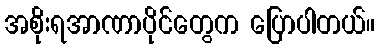
အစိုးရအာဏာပိုင်တွေက ပြောပါတယ်။